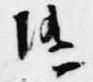
随